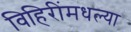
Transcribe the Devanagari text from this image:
विहिरींमधल्या